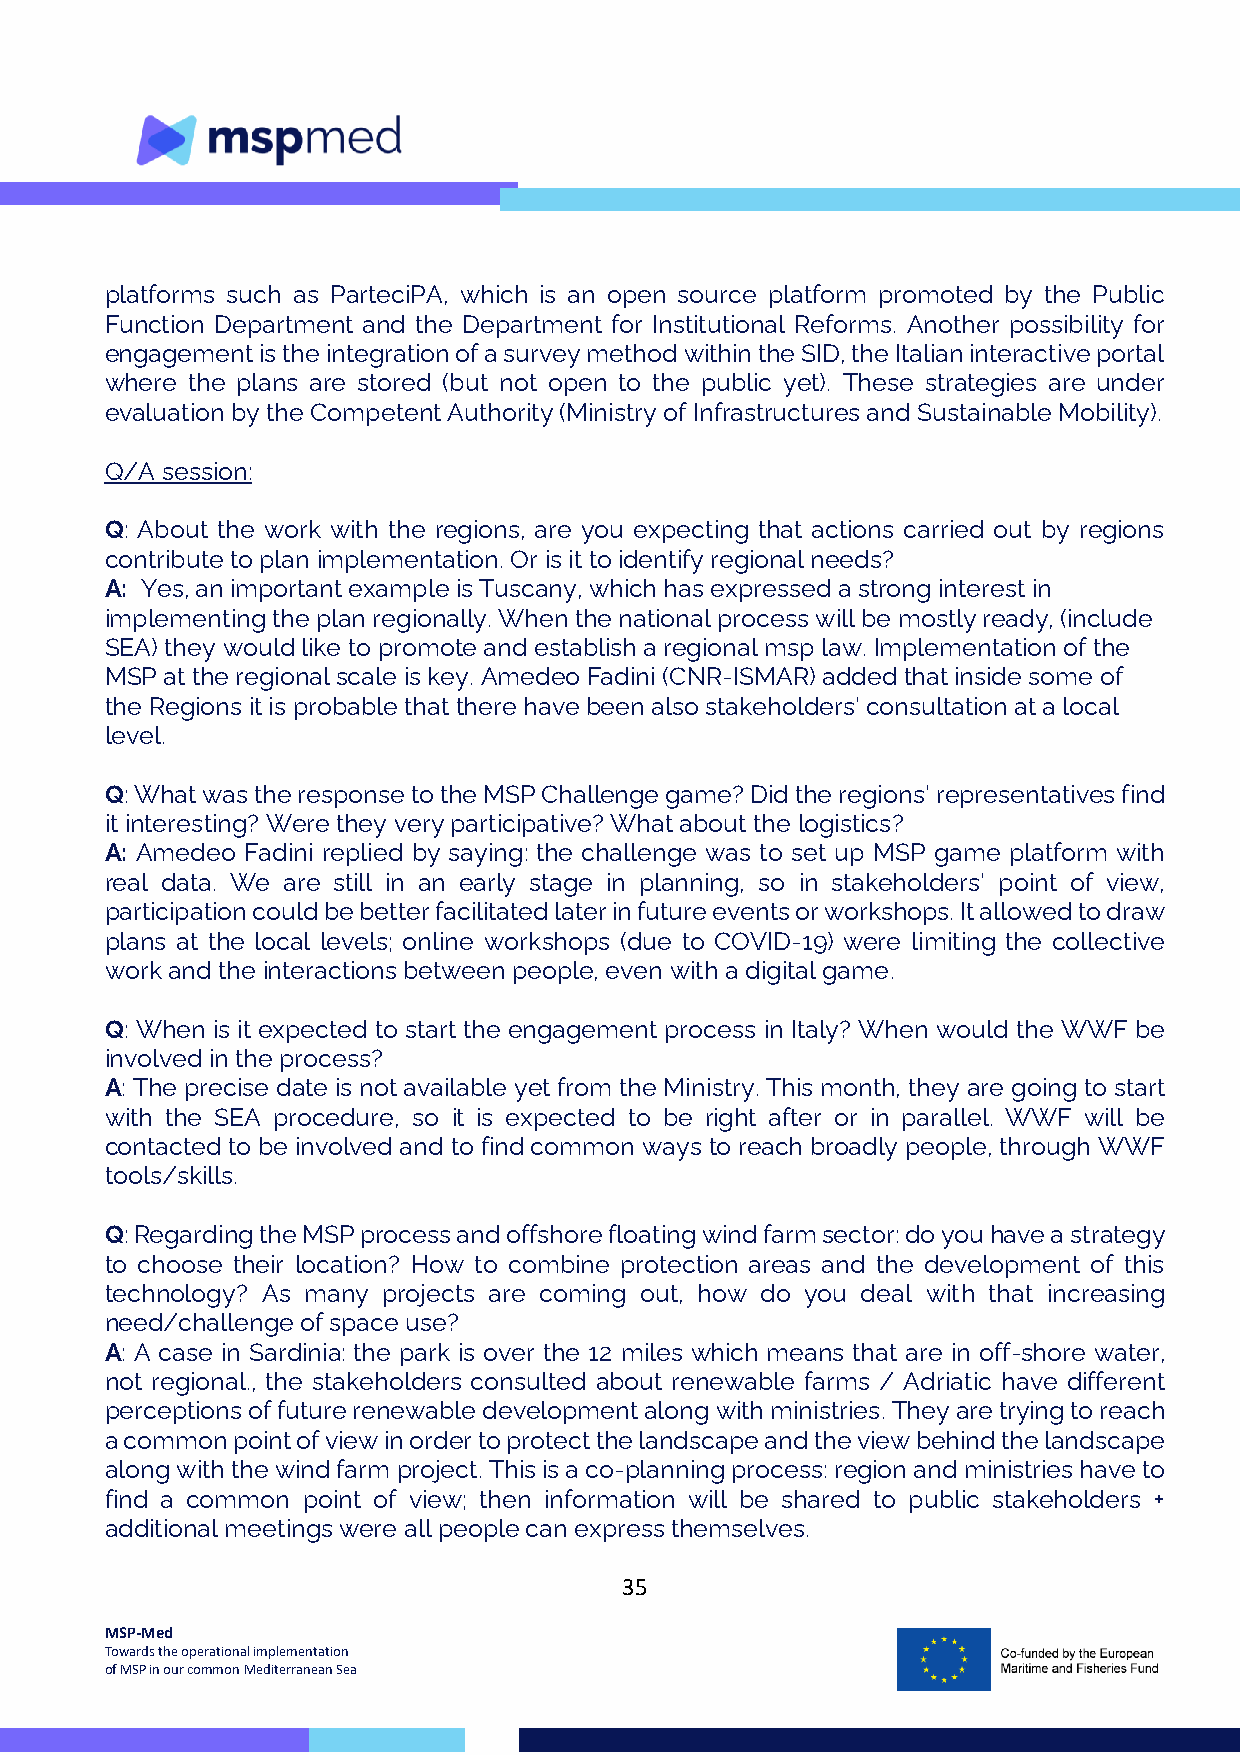
platforms such as ParteciPA, which is an open source platform promoted by the Public
 Function Department and the Department for Institutional Reforms. Another possibility for
 engagement is the integration of a survey method within the SID, the Italian interactive portal
 where the plans are stored (but not open to the public yet). These strategies are under
 evaluation by the Competent Authority (Ministry of Infrastructures and Sustainable Mobility).
 Q/A session:
 Q: About the work with the regions, are you expecting that actions carried out by regions
 contribute to plan implementation. Or is it to identify regional needs?
 A: Yes, an important example is Tuscany, which has expressed a strong interest in
 implementing the plan regionally. When the national process will be mostly ready, (include
 SEA) they would like to promote and establish a regional msp law. Implementation of the
 MSP at the regional scale is key. Amedeo Fadini (CNR-ISMAR) added that inside some of
 the Regions it is probable that there have been also stakeholders’ consultation at a local
 level.
 Q: What was the response to the MSP Challenge game? Did the regions’ representatives find
 it interesting? Were they very participative? What about the logistics?
 A: Amedeo Fadini replied by saying: the challenge was to set up MSP game platform with
 real data. We are still in an early stage in planning, so in stakeholders’ point of view,
 participation could be better facilitated later in future events or workshops. It allowed to draw
 plans at the local levels; online workshops (due to COVID-19) were limiting the collective
 work and the interactions between people, even with a digital game.
 Q: When is it expected to start the engagement process in Italy? When would the WWF be
 involved in the process?
 A: The precise date is not available yet from the Ministry. This month, they are going to start
 with the SEA procedure, so it is expected to be right after or in parallel. WWF will be
 contacted to be involved and to find common ways to reach broadly people, through WWF
 tools/skills.
 Q: Regarding the MSP process and offshore floating wind farm sector: do you have a strategy
 to choose their location? How to combine protection areas and the development of this
 technology? As many projects are coming out, how do you deal with that increasing
 need/challenge of space use?
 A: A case in Sardinia: the park is over the 12 miles which means that are in off-shore water,
 not regional., the stakeholders consulted about renewable farms / Adriatic have different
 perceptions of future renewable development along with ministries. They are trying to reach
 a common point of view in order to protect the landscape and the view behind the landscape
 along with the wind farm project. This is a co-planning process: region and ministries have to
 find a common point of view; then information will be shared to public stakeholders +
 additional meetings were all people can express themselves.
 35
 MSP-Med
 Towards the operational implementation
 of MSP in our common Mediterranean Sea